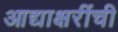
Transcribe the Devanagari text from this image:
आद्याक्षरींची